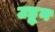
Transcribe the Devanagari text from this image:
उडू्न